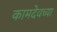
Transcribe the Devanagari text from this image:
कामदेवच्या